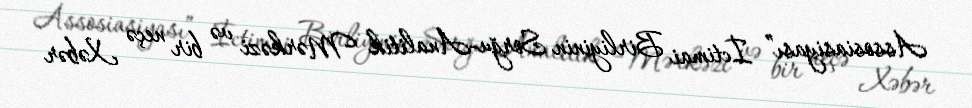
Assosiasiyası” İctimai Birliyinin Sorğu-Analitik Mərkəzi və bir neçə Xəbər